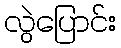
လွဲပြောင်း